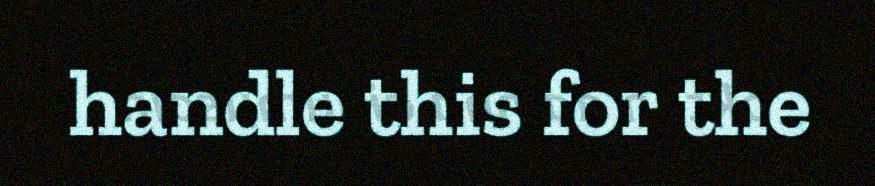
handle this for the